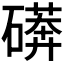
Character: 𱴳